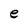
Character: e